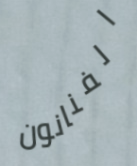
الفنانون